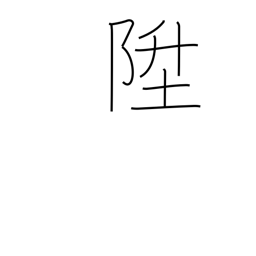
Meaning: go up